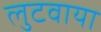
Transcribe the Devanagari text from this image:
लुटवाया